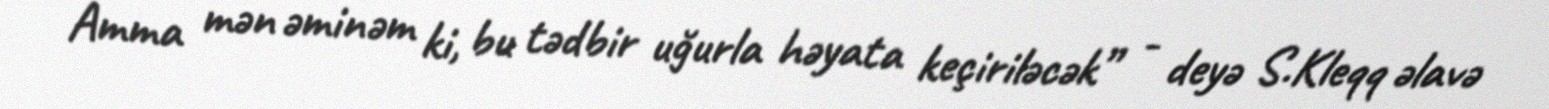
Amma mən əminəm ki, bu tədbir uğurla həyata keçiriləcək” - deyə S.Kleqq əlavə